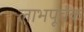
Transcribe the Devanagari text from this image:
लाभपूर्वक